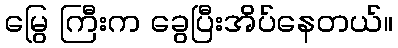
မြွေ ကြီးက ခွေပြီးအိပ်နေတယ်။